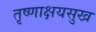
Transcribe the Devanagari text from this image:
तृष्णाक्षयसुख